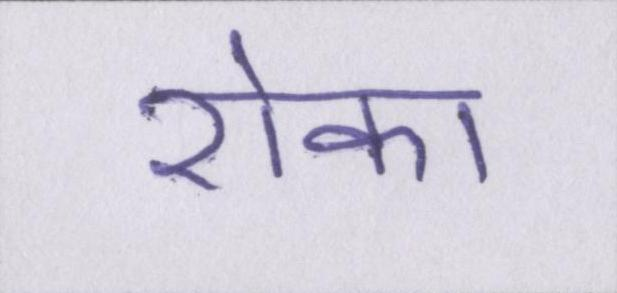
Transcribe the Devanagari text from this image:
रोका